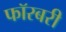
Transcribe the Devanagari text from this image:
फॉरबरी